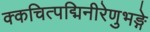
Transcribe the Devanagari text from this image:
क्कचित्पद्मिनीरेणुभङ्गे